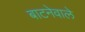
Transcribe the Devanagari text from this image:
बाटनेवाले